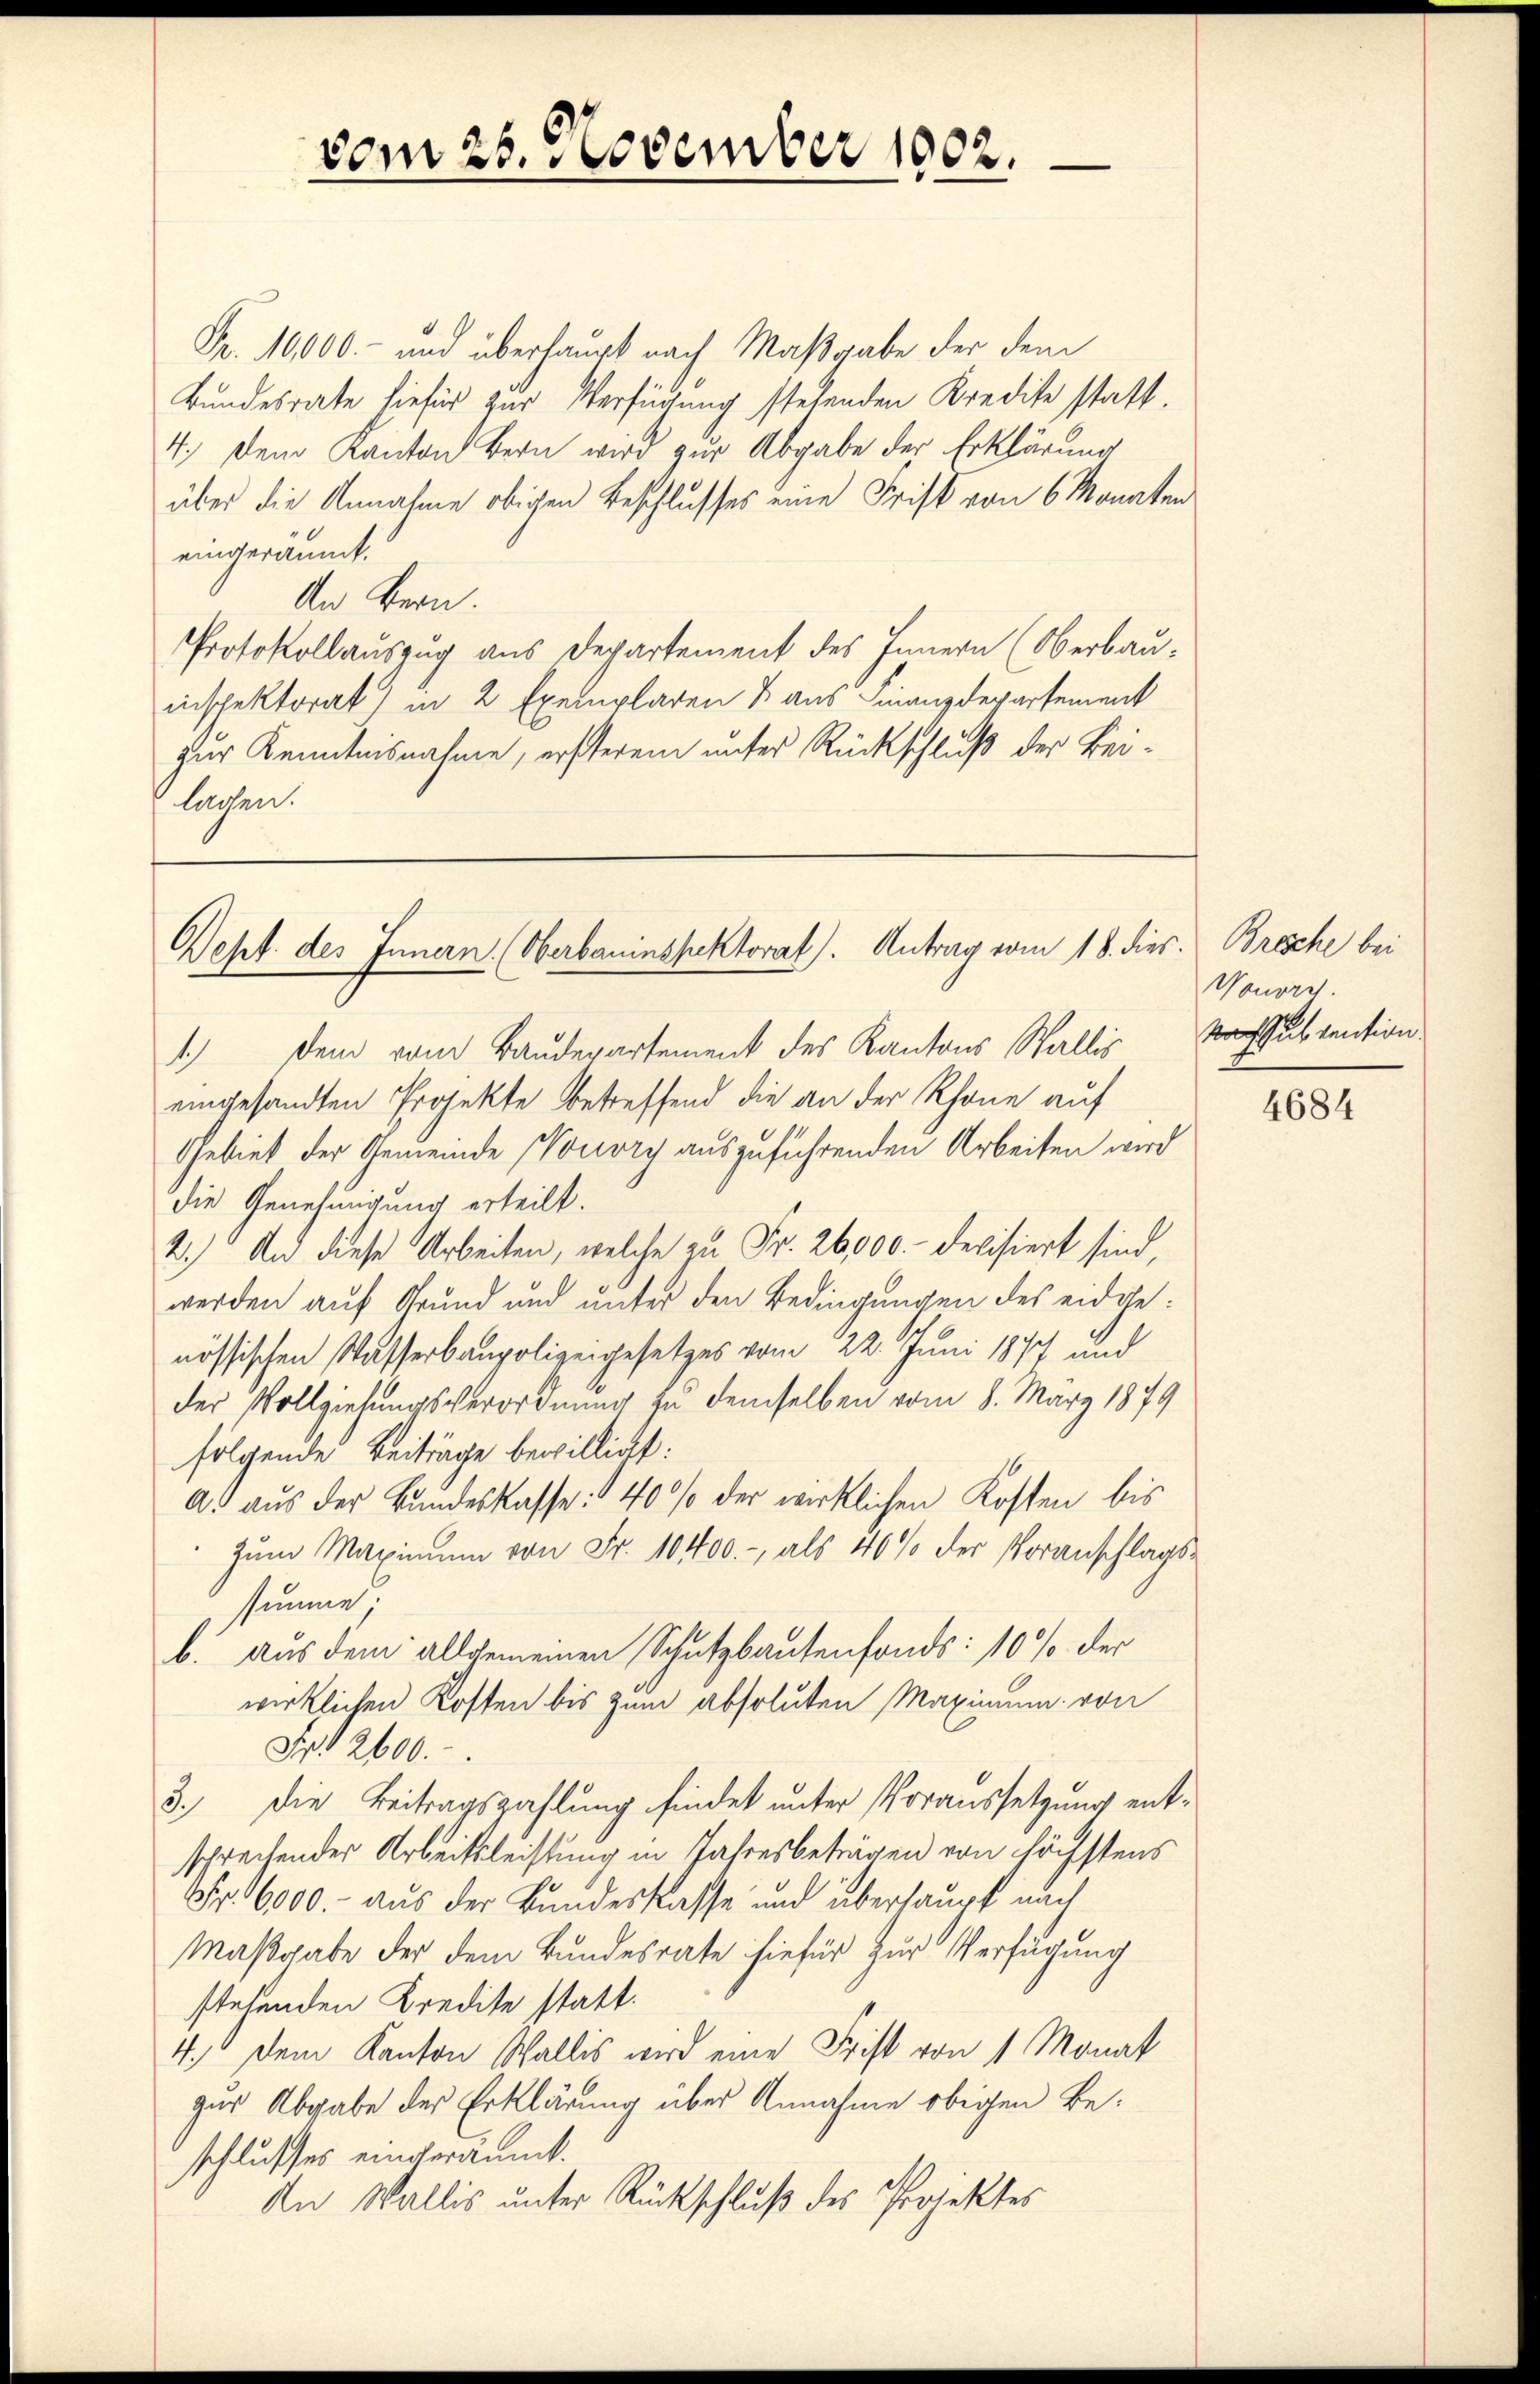
vom 26. November 1902.

Fr. 10000.- und überhaupt nach Maßgabe der dem
Bundesrate hiefür zur Verfügung stehenden Kredite statt.
4.) Dem Kanton Bern wird zur Abgabe der Erklärung
über die Annahme obigen Beschlusses eine Frist von 6 Monaten
eingeräumt.
An Bern.
Protokollauszug aus Departement des Innern (Oberbau-
inspektorat) in 2 Exemplaren & aus Finanzdepartement
zur Kenntnisnahme, ersterem unter Rückschluß der Beilachen.

Dept. des Innern (Oberbauinspektorat. Antrag vom 18. dies. Brosche bei

1.) Dem vom Baudepartement des Kantons Wallis
eingesandten Projekte betreffend die an der Rhone auf
Gebiet der Gemeinde Nouvry auszuführenden Arbeiten wird
die Genehmigung erteilt.
2.) Und diese Arbeiten, welche zu Fr. 26,000.- devisiert sind,
werden auf Grund und unter den Bedingungen des eidgenössischen Wasserbaupolizeigesetzes vom 22. Juni 1877 und
der Vollziehungsverordnung zu demselben vom 8. März 1879
folgende Beiträge bewilligt:
A. aus der Bundeskasse: 40% der wirklichen Kosten bis
Zum Maximum von Fr. 10400.-, als 40% der Voranschlagssimme.
b. aus dem allgemeinen Schutzbautenfonds: 10% der
wirklichen Kosten bis zum absoluten Maximum von
Fr. 2600.
3.) Die Beitragszahlung findet unter Voraussetzung entsprechender Arbeitsleistung in Jahresbeträgen von höchstens
Fr. 6000.- aus der Bundeskasse und überhaupt nach
Maßgabe der dem Bundesrate hiefür zur Verfügung
stehenden Kredite statt.
4.) Dem Kanton Wallis wird eine Frist von 1 Monat
zur Abgabe der Erklärung über Annahme obigen Beschlusses eingeräumt.
An Wallis unter Rückschluß des Projektes

Wonore.
Kosubvention.

4684